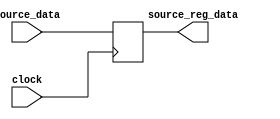
`timescale 1ps / 1ps
//////////////////////////////////////////////////////////////////////////////////
// Company: 
// Engineer: 
// 
// Design Name: 
// Module Name: ID_EX_B_32
// Project Name: 
// Target Devices: 
// Tool Versions: 
// Description: 
// 
// Dependencies: 
// 
// Revision:
// Revision 0.01 - File Created
// Additional Comments:
// 
//////////////////////////////////////////////////////////////////////////////////


module ID_EX_B_32(input clock, input [31:0]source_data,output [31:0]source_reg_data);
reg [31:0] data_reg;
always@(posedge clock)
begin 
data_reg=source_data;
end
assign source_reg_data[31:0]=data_reg[31:0];
endmodule